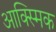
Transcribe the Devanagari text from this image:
आक्स्मिक